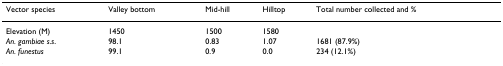
<table><thead><tr><td><b>Vector species</b></td><td><b>Valley bottom</b></td><td><b>Mid-hill</b></td><td><b>Hilltop</b></td><td><b>Total number collected and %</b></td></tr></thead><tbody><tr><td>Elevation (M)</td><td>1450</td><td>1500</td><td>1580</td><td></td></tr><tr><td><i>An. gambiae s.s</i>.</td><td>98.1</td><td>0.83</td><td>1.07</td><td>1681 (87.9%)</td></tr><tr><td><i>An. funestus</i></td><td>99.1</td><td>0.9</td><td>0.0</td><td>234 (12.1%)</td></tr></tbody></table>